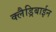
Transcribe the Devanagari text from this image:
क्लैड्रिबाईन